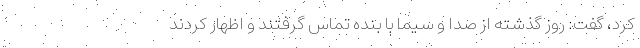
کرد، گفت: روز گذشته از صدا و سیما با بنده تماس گرفتند و اظهار کردند